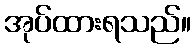
အုပ်ထားရသည်။